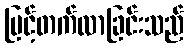
မြင့်တက်လာခြင်းသည်